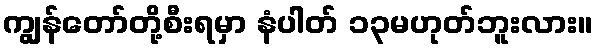
ကျွန်တော်တို့စီးရမှာ နံပါတ် ၁၃မဟုတ်ဘူးလား။